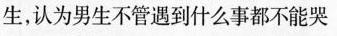
生，认为男生不管遇到什么事都不能哭